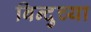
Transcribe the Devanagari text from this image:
बिन्दुच्या